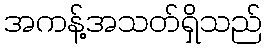
အကန့်အသတ်ရှိသည်